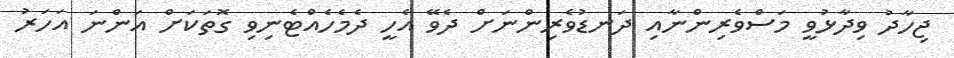
ޖިހާދު ވިދާޅުވީ މަސްވެރިންނާއި ދަނޑުވެރިންނަށް ދެވޭ އެހީ ދެމެހެއްޓެނިވި ގޮތަކަށް އަންނަ އަހަރު